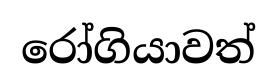
රෝගියාවත්